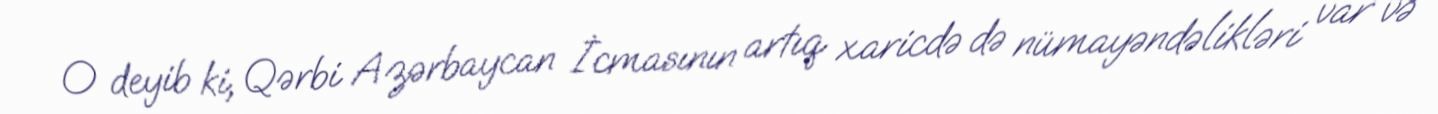
O deyib ki, Qərbi Azərbaycan İcmasının artıq xaricdə də nümayəndəlikləri var və